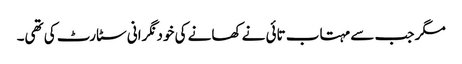
مگر جب سے مہتاب تائی نے کھانے کی خود نگرانی سٹارٹ کی تھی۔